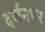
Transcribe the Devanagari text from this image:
दर्जनभर